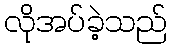
လိုအပ်ခဲ့သည်